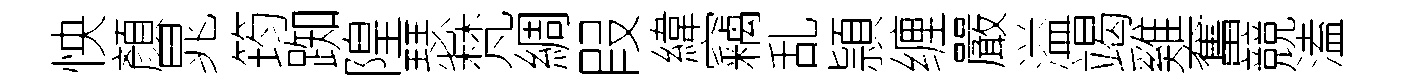
怏顏晁筠踟隍瑟梵綢叚緯竊乱頴缠嚴溢竭雞奮競溘